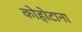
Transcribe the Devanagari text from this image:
कोहोटाना